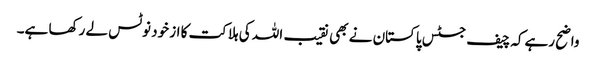
واضح رہےکہ چیف جسٹس پاکستان نے بھی نقیب اللہ کی ہلاکت کا از خود نوٹس لے رکھا ہے۔